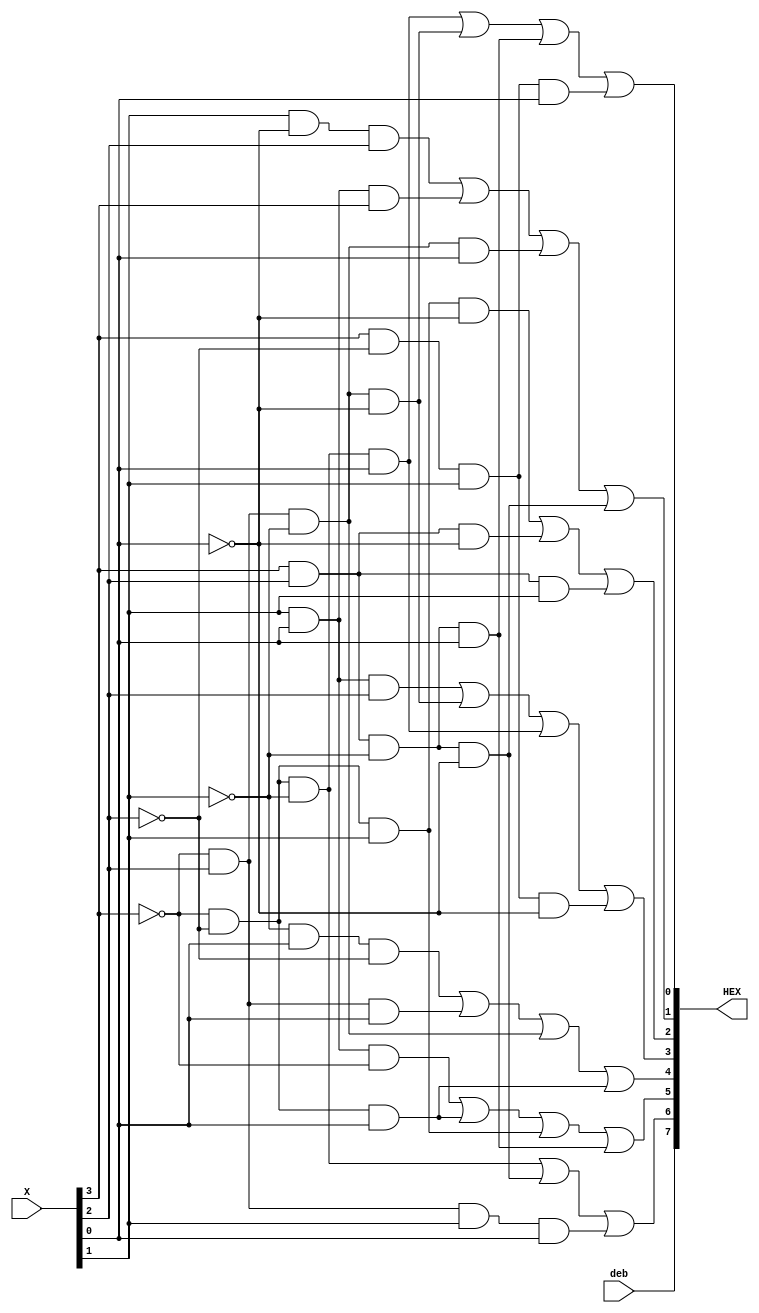
module display(X,HEX,deb);
	input [3:0] X;
	input deb;
	output [7:0] HEX;
	
	
	wire X1,X2,X3,X4;
	wire HEX0,HEX1,HEX2,HEX3,HEX4,HEX5,HEX6;
	
	assign HEX = {HEX7, HEX6, HEX5, HEX4, HEX3, HEX2, HEX1, HEX0};
	assign X1 = X[3];
	assign X2 = X[2];
	assign X3 = X[1];
	assign X4 = X[0];
	
	assign HEX0 = (~X1 & ~X2 & ~X3 & X4) | (~X1 & X2 & ~X3 & ~X4) | (X1 & X2 & ~X3 & X4) | (X1 & ~X2 & X3 & X4);
	assign HEX1 = (X3 & ~X4 & X2) | (X3 & X4 & X1) | (~X1 & X2 & ~X3 & X4) | (X1 & X2 & ~X3 & ~X4);
//	assign HEX2 = (~X1 & ~X2 & X3 & ~X4) | (X1 & X2 & X3) | (X1 & X2 & ~X3 & ~X4);
// distributive law
// assign HEX2 = (~X1 & ~X2 & X3 & ~X4) | ((X1 & X2) & ((~X3 & ~X4) + X3));
// absorbtion law 
// assign HEX2 = (~X1 & ~X2 & X3 & ~X4) | ((X1 & X2) & (X4 + X3));
// distribution
	assign HEX2 = (~X1 & ~X2 & X3 & ~X4) | (X1 & X2 & ~X4) | (X1 & X2 & X3);
	assign HEX3 = (X3 & X4 & X2) | (~X1 & X2 & ~X3 & ~X4) | (~X1 & ~X2 & ~X3 & X4) | (X1 & ~X2 & X3 & ~X4);
	assign HEX4 = (~X3 & X4 & ~X2) | (~X1 & X2 & X4) | (~X1 & X2 & ~X3) | (~X1 & ~X2 & X4);
	assign HEX5 = (X3 & X4 & ~X1) | (~X1 & ~X2 & X4) | (~X1 & ~X2 & X3) | (X1 & X2 & ~X3 & X4);
	assign HEX6 = (~X1 & ~X2 & ~X3) | (X1 & X2 & ~X3 & ~X4) | (~X1 & X2 & X3 & X4);
	assign HEX7 = deb;

endmodule